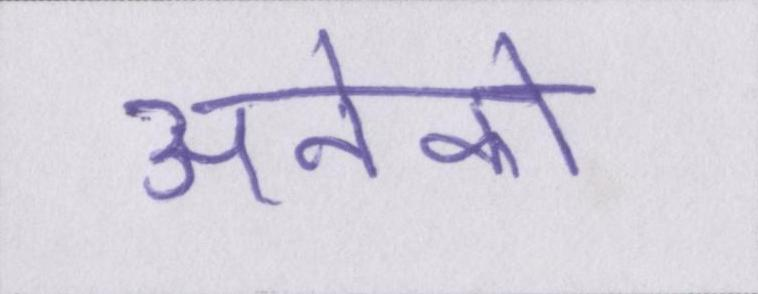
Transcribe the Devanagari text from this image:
अनेको